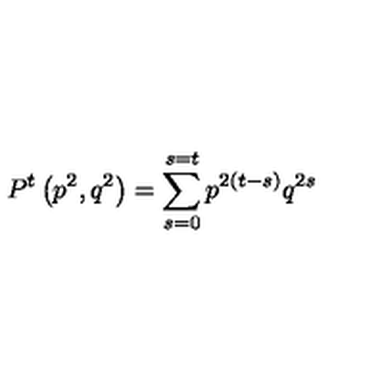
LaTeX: P ^ { t } \left( p ^ { 2 } , q ^ { 2 } \right) = \sum _ { s = 0 } ^ { s = t } p ^ { 2 \left( t - s \right) } q ^ { 2 s }